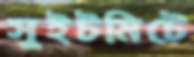
সুইটমিটে